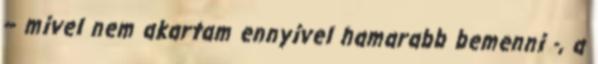
– mivel nem akartam ennyivel hamarabb bemenni -, a